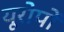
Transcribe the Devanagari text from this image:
यूरोपों